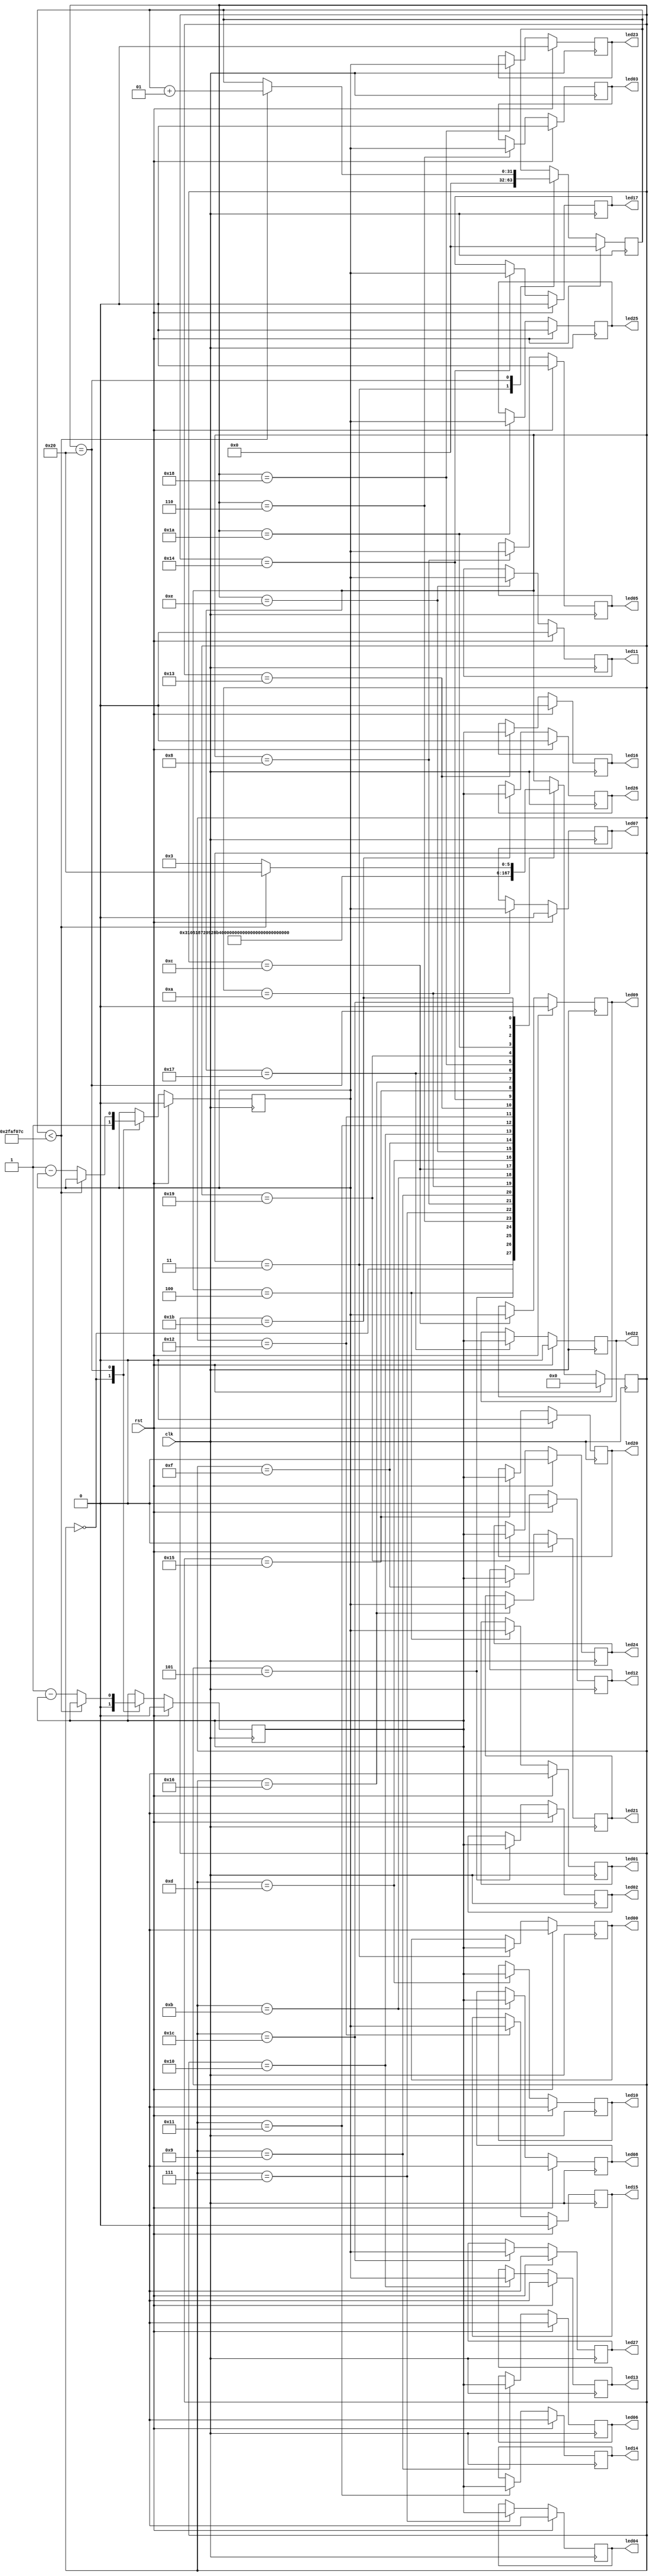
module Blinks_blinks
  (
    input wire clk,
    input wire rst,
    output reg led00 = 0,
    output reg led01 = 0,
    output reg led02 = 0,
    output reg led03 = 0,
    output reg led04 = 0,
    output reg led05 = 0,
    output reg led06 = 0,
    output reg led07 = 0,
    output reg led08 = 0,
    output reg led09 = 0,
    output reg led10 = 0,
    output reg led11 = 0,
    output reg led12 = 0,
    output reg led13 = 0,
    output reg led14 = 0,
    output reg led15 = 0,
    output reg led16 = 0,
    output reg led17 = 0,
    output reg led20 = 0,
    output reg led21 = 0,
    output reg led22 = 0,
    output reg led23 = 0,
    output reg led24 = 0,
    output reg led25 = 0,
    output reg led26 = 0,
    output reg led27 = 0
  );

  //localparams
  localparam Blinks_blinks_main_c0_b1_INIT = 0;
  localparam Blinks_blinks_main_c0_b1_S1 = 1;
  localparam Blinks_blinks_main_c0_b1_FINISH = 2;
  localparam Blinks_blinks_main_c0_L1_while2_S0 = 3;
  localparam Blinks_blinks_main_c0_L1_while2_S1 = 4;
  localparam Blinks_blinks_main_c0_L1_while2_S2 = 5;
  localparam Blinks_blinks_main_c0_L1_while2_S3 = 6;
  localparam Blinks_blinks_main_c0_L1_while2_S4 = 7;
  localparam Blinks_blinks_main_c0_L1_while2_S5 = 8;
  localparam Blinks_blinks_main_c0_L1_while2_S6 = 9;
  localparam Blinks_blinks_main_c0_L1_while2_S7 = 10;
  localparam Blinks_blinks_main_c0_L1_while2_S8 = 11;
  localparam Blinks_blinks_main_c0_L1_while2_S9 = 12;
  localparam Blinks_blinks_main_c0_L1_while2_S10 = 13;
  localparam Blinks_blinks_main_c0_L1_while2_S11 = 14;
  localparam Blinks_blinks_main_c0_L1_while2_S12 = 15;
  localparam Blinks_blinks_main_c0_L1_while2_S13 = 16;
  localparam Blinks_blinks_main_c0_L1_while2_S14 = 17;
  localparam Blinks_blinks_main_c0_L1_while2_S15 = 18;
  localparam Blinks_blinks_main_c0_L1_while2_S16 = 19;
  localparam Blinks_blinks_main_c0_L1_while2_S17 = 20;
  localparam Blinks_blinks_main_c0_L1_while2_S18 = 21;
  localparam Blinks_blinks_main_c0_L1_while2_S19 = 22;
  localparam Blinks_blinks_main_c0_L1_while2_S20 = 23;
  localparam Blinks_blinks_main_c0_L1_while2_S21 = 24;
  localparam Blinks_blinks_main_c0_L1_while2_S22 = 25;
  localparam Blinks_blinks_main_c0_L1_while2_S23 = 26;
  localparam Blinks_blinks_main_c0_L1_while2_S24 = 27;
  localparam Blinks_blinks_main_c0_L1_while2_S25 = 28;
  localparam Blinks_blinks_main_c0_L1_while2_S26 = 29;
  localparam Blinks_blinks_main_c0_L1_forelse6_S0 = 30;
  localparam Blinks_blinks_main_c0_L1_forelse6_S1 = 31;
  localparam Blinks_blinks_main_c0_L2_fortest4_S0 = 32;
  localparam Blinks_blinks_main_c0_L2_forbody5_S0 = 33;
  localparam Blinks_blinks_main_c0_L2_forbody5_S1 = 34;
  
  //signals: 
  wire blinks_main_c0_c564_inl3;
  wire blinks_main_c0_switch_result1;
  wire blinks_main_c0_switch_result2;
  reg blinks_main_c0_led_bit_ptn02;
  reg blinks_main_c0_led_bit_ptn12;
  reg        [5:0] blinks_main_c0_state;
  wire signed [31:0] blinks_main_c0_i_inl34;
  wire signed [31:0] blinks_main_c0_t562_inl3;
  wire signed [31:0] interval;
  reg signed [31:0] blinks_main_c0_i_inl33;
  //combinations: 
  assign blinks_main_c0_c564_inl3 = (blinks_main_c0_i_inl33 < blinks_main_c0_t562_inl3);
  assign blinks_main_c0_i_inl34 = (blinks_main_c0_i_inl33 + 1);
  assign blinks_main_c0_switch_result1 = (1 - blinks_main_c0_led_bit_ptn02);
  assign blinks_main_c0_switch_result2 = (1 - blinks_main_c0_led_bit_ptn12);
  assign blinks_main_c0_t562_inl3 = interval;
  assign interval = 49999996;
  
  always @(posedge clk) begin
    if (rst) begin
      blinks_main_c0_i_inl33 <= 0;
      blinks_main_c0_led_bit_ptn02 <= 0;
      blinks_main_c0_led_bit_ptn12 <= 0;
      led00 <= 0;
      led01 <= 0;
      led02 <= 0;
      led03 <= 0;
      led04 <= 0;
      led05 <= 0;
      led06 <= 0;
      led07 <= 0;
      led08 <= 0;
      led09 <= 0;
      led10 <= 0;
      led11 <= 0;
      led12 <= 0;
      led13 <= 0;
      led14 <= 0;
      led15 <= 0;
      led16 <= 0;
      led17 <= 0;
      led20 <= 0;
      led21 <= 0;
      led22 <= 0;
      led23 <= 0;
      led24 <= 0;
      led25 <= 0;
      led26 <= 0;
      led27 <= 0;
      blinks_main_c0_state <= Blinks_blinks_main_c0_b1_INIT;
    end else begin //if (rst)
      case(blinks_main_c0_state)
      Blinks_blinks_main_c0_b1_INIT: begin
        blinks_main_c0_led_bit_ptn02 <= 0;
        blinks_main_c0_led_bit_ptn12 <= 1;
        blinks_main_c0_state <= Blinks_blinks_main_c0_L1_while2_S0;
      end
      Blinks_blinks_main_c0_L1_while2_S0: begin
        led00 <= blinks_main_c0_led_bit_ptn02;
        /* blinks_main_c0_switch_result1 <= (1 - blinks_main_c0_led_bit_ptn02); */
        /* blinks_main_c0_switch_result2 <= (1 - blinks_main_c0_led_bit_ptn12); */
        /* blinks_main_c0_t562_inl3 <= interval; */
        blinks_main_c0_i_inl33 <= 0;
        blinks_main_c0_state <= Blinks_blinks_main_c0_L1_while2_S1;
      end
      Blinks_blinks_main_c0_L1_while2_S1: begin
        led01 <= blinks_main_c0_led_bit_ptn12;
        blinks_main_c0_state <= Blinks_blinks_main_c0_L1_while2_S2;
      end
      Blinks_blinks_main_c0_L1_while2_S2: begin
        led02 <= blinks_main_c0_led_bit_ptn02;
        blinks_main_c0_state <= Blinks_blinks_main_c0_L1_while2_S3;
      end
      Blinks_blinks_main_c0_L1_while2_S3: begin
        led03 <= blinks_main_c0_led_bit_ptn12;
        blinks_main_c0_state <= Blinks_blinks_main_c0_L1_while2_S4;
      end
      Blinks_blinks_main_c0_L1_while2_S4: begin
        led04 <= blinks_main_c0_led_bit_ptn02;
        blinks_main_c0_state <= Blinks_blinks_main_c0_L1_while2_S5;
      end
      Blinks_blinks_main_c0_L1_while2_S5: begin
        led05 <= blinks_main_c0_led_bit_ptn12;
        blinks_main_c0_state <= Blinks_blinks_main_c0_L1_while2_S6;
      end
      Blinks_blinks_main_c0_L1_while2_S6: begin
        led06 <= blinks_main_c0_led_bit_ptn02;
        blinks_main_c0_state <= Blinks_blinks_main_c0_L1_while2_S7;
      end
      Blinks_blinks_main_c0_L1_while2_S7: begin
        led07 <= blinks_main_c0_led_bit_ptn12;
        blinks_main_c0_state <= Blinks_blinks_main_c0_L1_while2_S8;
      end
      Blinks_blinks_main_c0_L1_while2_S8: begin
        led08 <= blinks_main_c0_led_bit_ptn02;
        blinks_main_c0_state <= Blinks_blinks_main_c0_L1_while2_S9;
      end
      Blinks_blinks_main_c0_L1_while2_S9: begin
        led09 <= blinks_main_c0_led_bit_ptn12;
        blinks_main_c0_state <= Blinks_blinks_main_c0_L1_while2_S10;
      end
      Blinks_blinks_main_c0_L1_while2_S10: begin
        led10 <= blinks_main_c0_led_bit_ptn02;
        blinks_main_c0_state <= Blinks_blinks_main_c0_L1_while2_S11;
      end
      Blinks_blinks_main_c0_L1_while2_S11: begin
        led11 <= blinks_main_c0_led_bit_ptn12;
        blinks_main_c0_state <= Blinks_blinks_main_c0_L1_while2_S12;
      end
      Blinks_blinks_main_c0_L1_while2_S12: begin
        led12 <= blinks_main_c0_led_bit_ptn02;
        blinks_main_c0_state <= Blinks_blinks_main_c0_L1_while2_S13;
      end
      Blinks_blinks_main_c0_L1_while2_S13: begin
        led13 <= blinks_main_c0_led_bit_ptn12;
        blinks_main_c0_state <= Blinks_blinks_main_c0_L1_while2_S14;
      end
      Blinks_blinks_main_c0_L1_while2_S14: begin
        led14 <= blinks_main_c0_led_bit_ptn02;
        blinks_main_c0_state <= Blinks_blinks_main_c0_L1_while2_S15;
      end
      Blinks_blinks_main_c0_L1_while2_S15: begin
        led15 <= blinks_main_c0_led_bit_ptn12;
        blinks_main_c0_state <= Blinks_blinks_main_c0_L1_while2_S16;
      end
      Blinks_blinks_main_c0_L1_while2_S16: begin
        led16 <= blinks_main_c0_led_bit_ptn02;
        blinks_main_c0_state <= Blinks_blinks_main_c0_L1_while2_S17;
      end
      Blinks_blinks_main_c0_L1_while2_S17: begin
        led17 <= blinks_main_c0_led_bit_ptn12;
        blinks_main_c0_state <= Blinks_blinks_main_c0_L1_while2_S18;
      end
      Blinks_blinks_main_c0_L1_while2_S18: begin
        led20 <= blinks_main_c0_led_bit_ptn02;
        blinks_main_c0_state <= Blinks_blinks_main_c0_L1_while2_S19;
      end
      Blinks_blinks_main_c0_L1_while2_S19: begin
        led21 <= blinks_main_c0_led_bit_ptn12;
        blinks_main_c0_state <= Blinks_blinks_main_c0_L1_while2_S20;
      end
      Blinks_blinks_main_c0_L1_while2_S20: begin
        led22 <= blinks_main_c0_led_bit_ptn02;
        blinks_main_c0_state <= Blinks_blinks_main_c0_L1_while2_S21;
      end
      Blinks_blinks_main_c0_L1_while2_S21: begin
        led23 <= blinks_main_c0_led_bit_ptn12;
        blinks_main_c0_state <= Blinks_blinks_main_c0_L1_while2_S22;
      end
      Blinks_blinks_main_c0_L1_while2_S22: begin
        led24 <= blinks_main_c0_led_bit_ptn02;
        blinks_main_c0_state <= Blinks_blinks_main_c0_L1_while2_S23;
      end
      Blinks_blinks_main_c0_L1_while2_S23: begin
        led25 <= blinks_main_c0_led_bit_ptn12;
        blinks_main_c0_state <= Blinks_blinks_main_c0_L1_while2_S24;
      end
      Blinks_blinks_main_c0_L1_while2_S24: begin
        led26 <= blinks_main_c0_led_bit_ptn02;
        blinks_main_c0_state <= Blinks_blinks_main_c0_L1_while2_S25;
      end
      Blinks_blinks_main_c0_L1_while2_S25: begin
        led27 <= blinks_main_c0_led_bit_ptn12;
        blinks_main_c0_state <= Blinks_blinks_main_c0_L2_fortest4_S0;
      end
      Blinks_blinks_main_c0_L2_fortest4_S0: begin
        /* blinks_main_c0_c564_inl3 <= (blinks_main_c0_i_inl33 < blinks_main_c0_t562_inl3); */
        if (blinks_main_c0_c564_inl3) begin
          /* blinks_main_c0_i_inl34 <= (blinks_main_c0_i_inl33 + 1); */
          blinks_main_c0_i_inl33 <= blinks_main_c0_i_inl34;
          blinks_main_c0_state <= Blinks_blinks_main_c0_L2_fortest4_S0;
        end else begin
          blinks_main_c0_led_bit_ptn02 <= blinks_main_c0_switch_result1;
          blinks_main_c0_led_bit_ptn12 <= blinks_main_c0_switch_result2;
          blinks_main_c0_state <= Blinks_blinks_main_c0_L1_while2_S0;
        end
      end
      endcase
    end
  end
  

endmodule